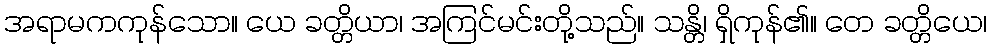
အရာမကကုန်သော။ ယေ ခတ္တိယာ၊ အကြင်မင်းတို့သည်။ သန္တိ၊ ရှိကုန်၏။ တေ ခတ္တိယေ၊